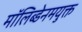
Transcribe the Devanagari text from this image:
मॉलिब्डेनमयुक्त